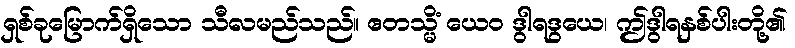
ရှစ်ခုမြောက်ရှိသော သီလမည်သည်။ ဧတသ္မိံ ယေဝ ဒွါရဒွယေ၊ ဤဒွါရနှစ်ပါးတို့၏